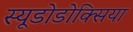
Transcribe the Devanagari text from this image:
स्यूडोडोक्सिया